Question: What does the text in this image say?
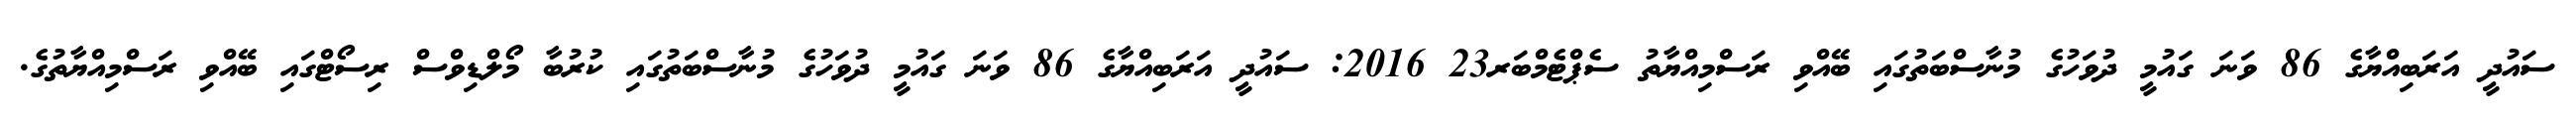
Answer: ސައުދީ އަރަބިއްޔާގެ 86 ވަނަ ގައުމީ ދުވަހުގެ މުނާސްބަތުގައި ބޭއްވި ރަސްމިއްޔާތު ސެޕްޓެމްބަރ23 2016: ސައުދީ އަރަބިއްޔާގެ 86 ވަނަ ގައުމީ ދުވަހުގެ މުނާސްބަތުގައި ކުރުބާ މޯލްޑިވްސް ރިސޯޓްގައި ބޭއްވި ރަސްމިއްޔާތުގެ.